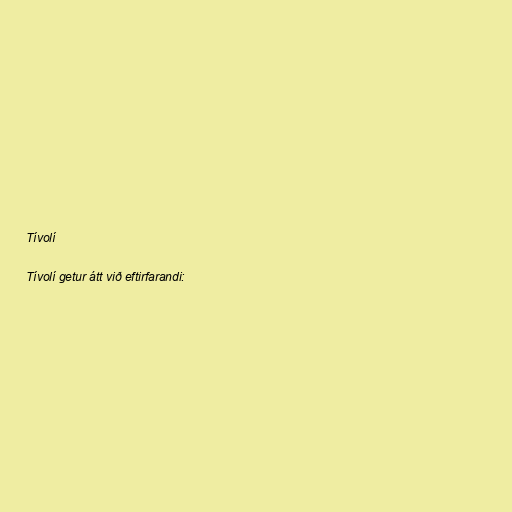
Tívolí

Tívolí getur átt við eftirfarandi: